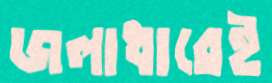
জলাধারেই